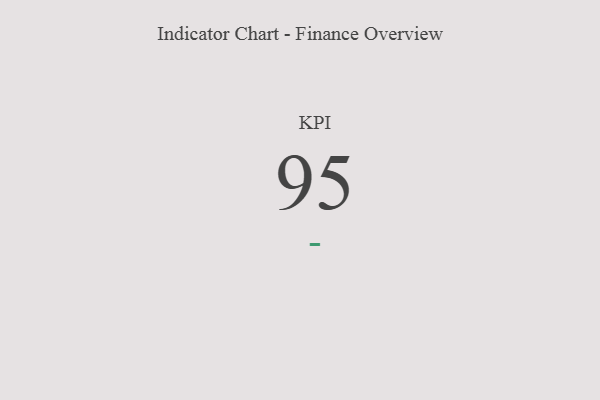
{"axis": {"x": "KPI", "y": "Value"}, "legend": [""], "data": [{"x": "KPI", "y": 95, "type": ""}]}